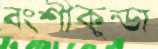
বংশীকুন্ডা